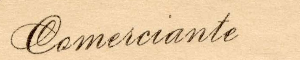
Comeiciante